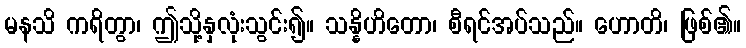
မနသိ ကရိတွာ၊ ဤသို့နှလုံးသွင်း၍။ သန္နိဟိတော၊ စီရင်အပ်သည်။ ဟောတိ၊ ဖြစ်၏။